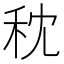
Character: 𥝴